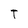
Character: T